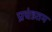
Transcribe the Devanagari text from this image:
प्रचंडतम